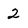
Character: 2